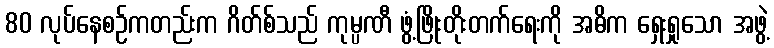
80 လုပ်နေစဉ်ကတည်းက ဂိတ်စ်သည် ကုမ္ပဏီ ဖွံ့ဖြိုးတိုးတက်ရေးကို အဓိက ရှေးရှုသော အဖွဲ့